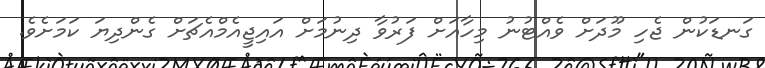
ގަނޑަކުން ޖެހި މޫދަށް ވެއްޓުނު މިހާއަށް ފަރުވާ ދިނުމަށް އައިޖީއެމްއެޗަށް ގެންދިޔަ ކަމަށެވެ.